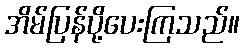
အိမ်ပြန်ပို့ပေးကြသည်။